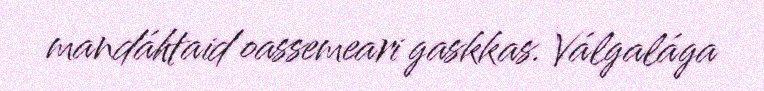
mandáhtaid oassemeari gaskkas. Válgalága